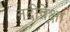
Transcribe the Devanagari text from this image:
नदीपेक्षा